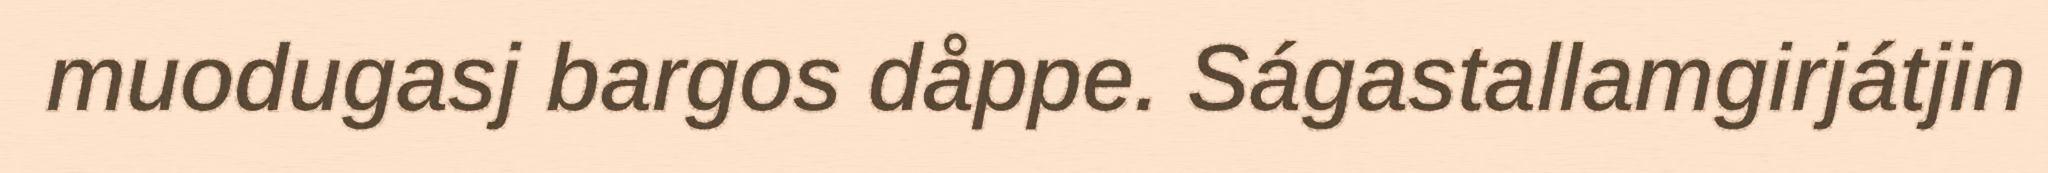
muodugasj bargos dåppe. Ságastallamgirjátjin